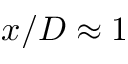
x / D \approx 1